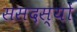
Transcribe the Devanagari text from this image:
ससदस्यों